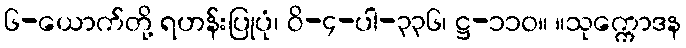
၆-ယောက်တို့ ရဟန်းပြုပုံ၊ ဝိ-၄-ပါ-၃၃၆၊ ဋ္ဌ-၁၁၀။ ။သုက္ကောဒန